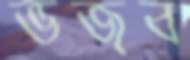
ভজব